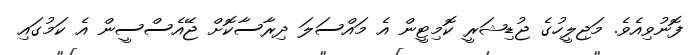
ފޮނުވިއެވެ. މަޖިލީހުގެ ޖުޑިޝަރީ ކޮމިޓީން އެ މައްސަލަ ދިރާސާކޮށް ޖޭއެސްސީން އެ ކަމުގައި